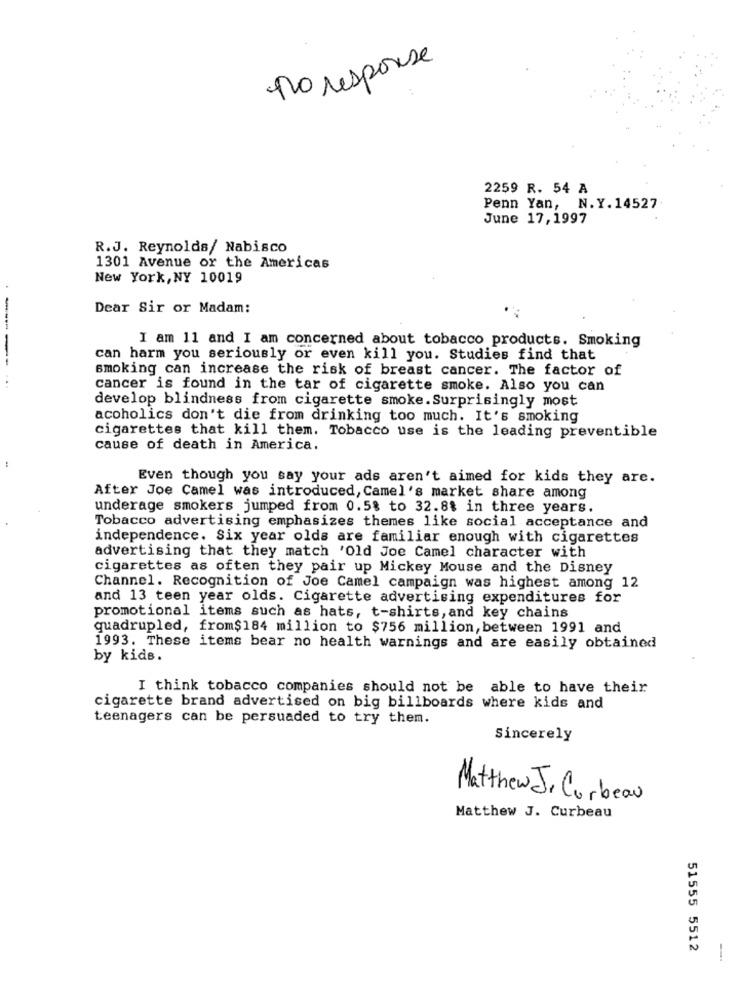
no response
2259 R. 54 A
Penn Yan, N.Y. 14527-
June 17,1997
R.J. Reynolds/ Nabisco
1301 Avenue or the Americas
New York, NY 10019
Dear Sir or Madam:
I am 11 and I am concerned about tobacco products. Smoking
can harm you seriously or even kill you. Studies find that
----
smoking can increase the risk of breast cancer. The factor of
cancer is found in the tar of cigarette smoke. Also you can
develop blindness from cigarette smoke. Surprisingly most
acoholics don't die from drinking too much. It's smoking
cigarettes that kill them. Tobacco use is the leading preventible
cause of death in America.
Even though you say your ads aren't aimed for kids they are.
After Joe Camel was introduced, Camel's market share among
underage smokers jumped from 0.5% to 32.8$ in three years.
Tobacco advertising emphasizes themes like social acceptance and
independence. Six year olds are familiar enough with cigarettes
advertising that they match 'Old Joe Camel character with
cigarettes as often they pair up Mickey Mouse and the Disney
Channel. Recognition of Joe Camel campaign was highest among 12
and 13 teen year olds. Cigarette advertising expenditures for
promotional items such as hats, t-shirts, and key chains
quadrupled, from$184 million to $756 million, between 1991 and
1993. These items bear no health warnings and are easily obtained
by kids.
I think tobacco companies should not be able to have their
cigarette brand advertised on big billboards where kids and
teenagers can be persuaded to try them.
Sincerely
Matthew J. Corbeau
Matthew J. Curbeau
51555 5512
--